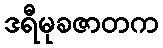
ဒရီမုခဇာတက